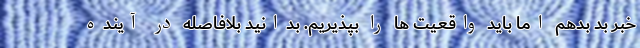
خبر بد بدهم اما باید واقعیت ها را بپذیریم. بدانید بلافاصله در آینده